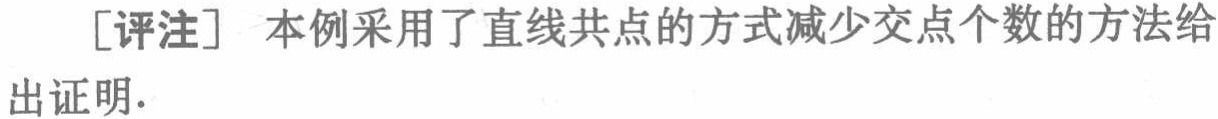
[评注] 本例采用了直线共点的方式减少交点个数的方法给出证明.